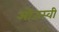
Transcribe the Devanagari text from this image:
ओजस्‍वी